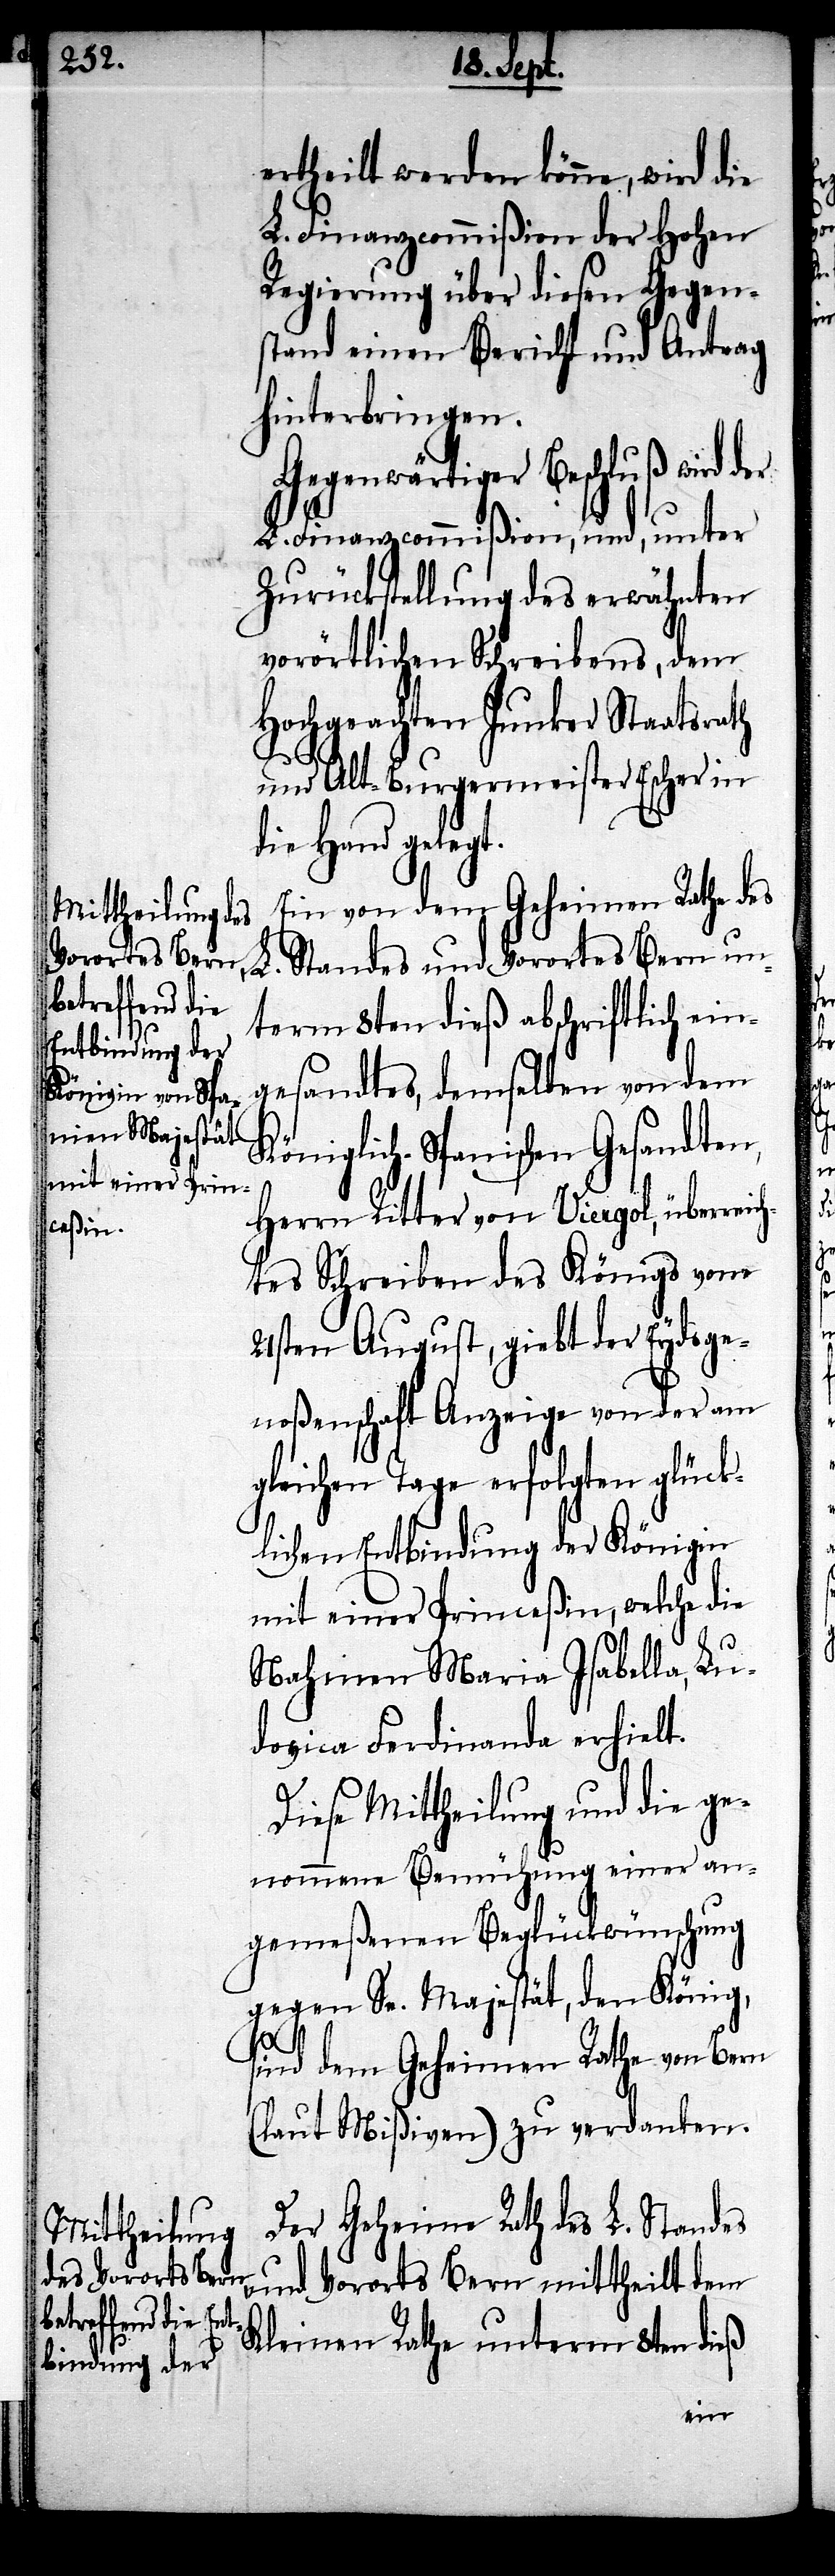
ertheilt werden können wird die
L. Finanzcommißion der hohen
Regierung über diesen Gegen¬
stand einen Bericht und Antrag
hinterbringen.
Gegenwärtiger Beschluß wird
L. Finanzcommißion, und, unter
Zurückstellung des erwähnten
vorörtlichen Schreibens, dem
Hochgeachten Junker Staatsrath
und Alt-Burgermeister Escher in
die Hand gelegt.
Ein von dem Geheimen Rathe des
L. Standes und Vorortes Bern un¬
term 8ten dieß abschriftlich ein¬
gesandtes, demselben von dem
Königlich-Spanischen Gesandten,
Herrn Ritter von Viergol, überreich¬
tes Schreiben des Königs vom
21sten August, giebt der Eydsge¬
noßenschaft Anzeige von der am
gleichen Tage erfolgten glück¬
lichen Entbindung der Königin
mit einer Princeßin, welche die
Nahmen Maria Isabella, Lu¬
dovica Ferdinanda erhielt.
Diese Mittheilung und die ge¬
nommene Bemühung einer an¬
gemeßnen Beglückwünschung
gegen Se. Majestät, den König,
sind dem Geheimen Rathe von Bern
(laut Mißiven) zu verdanken.
Der Geheime Rath des L. Standes
und Vororts Bern mittheilt dem
Kleinen Rathe unterm 8ten dieß